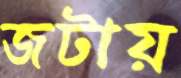
জটায়